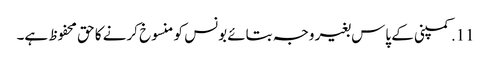
11. کمپنی کے پاس بغیر وجہ بتائے بونس کو منسوخ کرنے کا حق محفوظ ہے۔